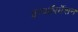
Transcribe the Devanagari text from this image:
इन्फाॅरर्मेशन